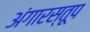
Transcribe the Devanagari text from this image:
अंगारस्तूप